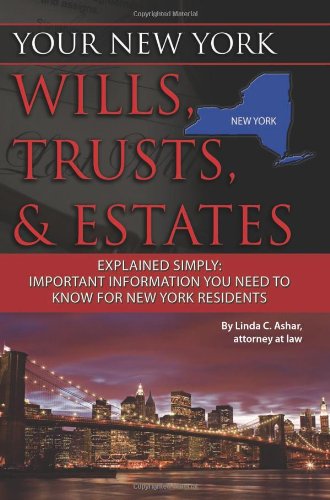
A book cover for Your New York Wills, Trusts, & Estates Explained Simply: Important Information You Need to Know for New York Residents (Your... Wills, Trusts, & Estates); Linda C. Ashar  Attorney at Law; Law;